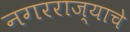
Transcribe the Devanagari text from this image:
नगरराज्याचे